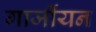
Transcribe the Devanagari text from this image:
गार्जीयन